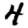
Digit: 4